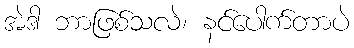
အဲဒါ ဘာဖြစ်သလဲ၊ နင်ပေါက်တာပဲ